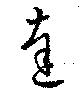
達